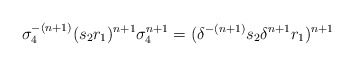
\begin{align*}\sigma_4^{-(n+1)} (s_2 r_1)^{n+1} \sigma_4^{n+1} = (\delta^{-(n+1)} s_2 \delta^{n+1} r_1)^{n+1}\end{align*}